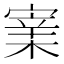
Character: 𡪔